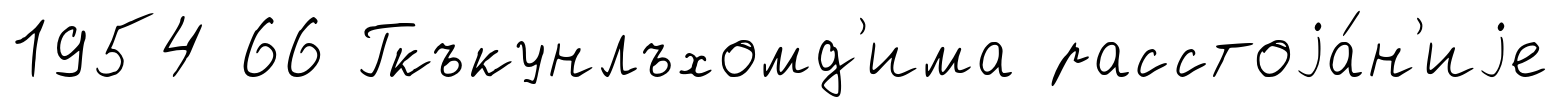
1954 66 Гкъкунлъхомд'има расстоjа́н'иjе